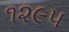
૧૨૯૫